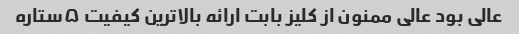
عالی بود عالی ممنون از کلیز بابت ارائه بالاترین کیفیت ۵ستاره